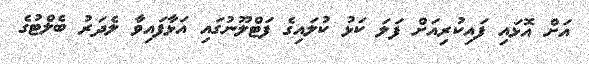
އަށް އޮޅައި ފައިކުރިއަށް ފަލަ ކަޅު ކުލައިގެ ފަޓްލޫނުގައި އަޅާފައިވާ ލެދަރު ބެލްޓުގެ